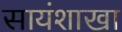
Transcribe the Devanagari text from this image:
सायंशाखा